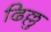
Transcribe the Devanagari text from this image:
ढिल्लु